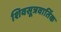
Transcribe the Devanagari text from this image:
शिवसूत्रवार्तिक